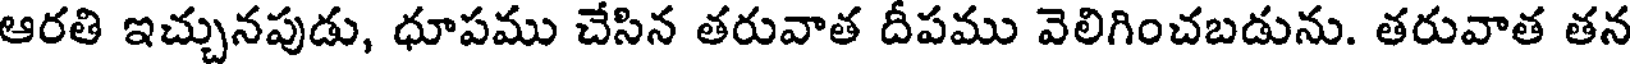
ఆరతి ఇచ్చునపుడు, ధూపము చేసిన తరువాత దీపము వెలిగించబడును. తరువాత తన